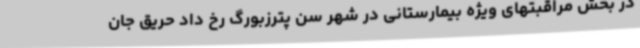
در بخش مراقبتهای ویژه بیمارستانی در شهر سن پترزبورگ رخ داد حریق جان